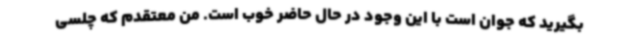
بگیرید که جوان است با این وجود در حال حاضر خوب است. من معتقدم که چلسی